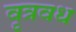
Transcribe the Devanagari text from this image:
वृत्रवध